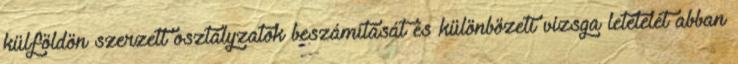
külföldön szerzett osztályzatok beszámítását és különbözeti vizsga letételét abban